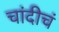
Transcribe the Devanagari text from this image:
चांदीचं